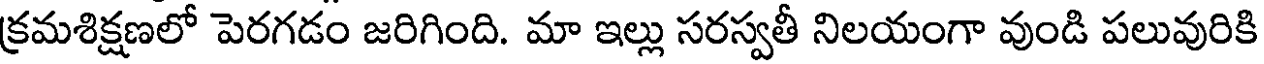
క్రమశిక్షణలో పెరగడం జరిగింది. మా ఇల్లు సరస్వతీ నిలయంగా వుండి పలువురికి